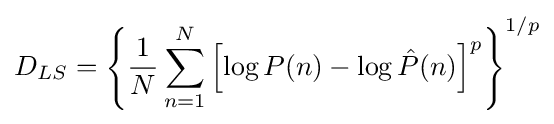
D_{LS}={\left\{{\frac {1}{N}}\sum _{n=1}^{N}\left[\log P(n)-\log {\hat {P}}(n)\right]^{p}\right\}}^{1/p}